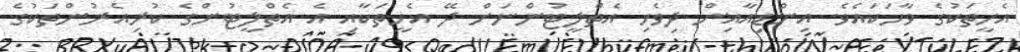
އެހީތަކުގެ ވާހަކައެވެ. އިންޑިއާއިން ދިވެހި އެތްލީޓުންނަށް ދޭ އެހީތަކާއި އެ އެތްލީޓުންގެ ކުރިއެރުންތަކުގެ